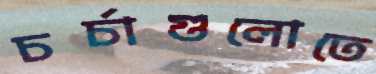
চর্চাগুলোতে